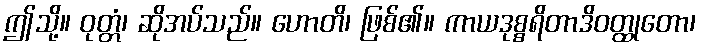
ဤသို့။ ဝုတ္တံ၊ ဆိုအပ်သည်။ ဟောတိ၊ ဖြစ်၏။ ကာယဒုစ္စရိတာဒိဝတ္ထုတော၊